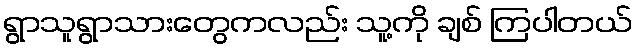
ရွာသူရွာသားတွေကလည်း သူ့ကို ချစ် ကြပါတယ်